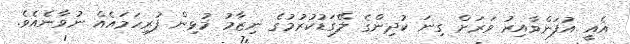
އެއީ އުފަންވާއިރު ވަރަށް ގިނަ ކުދިންގެ ލޭގަޑުކުރުމުގެ ނިޒާމު މުޅިން ފުރިހަމައެއް ނުވާނެއެވެ.